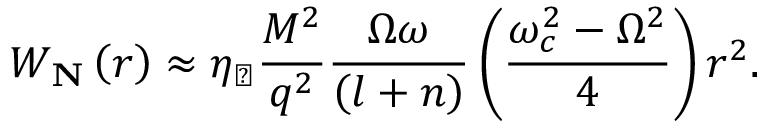
W _ { \mathbf { N } } \left( r \right) \approx \eta _ { \perp } \frac { M ^ { 2 } } { q ^ { 2 } } \frac { \Omega \omega } { \left( l + n \right) } \left( \frac { \omega _ { c } ^ { 2 } - \Omega ^ { 2 } } { 4 } \right) r ^ { 2 } .